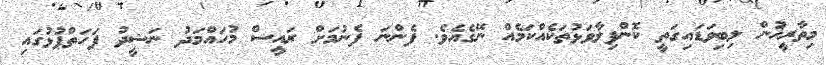
މިތާރީޚުން ލިބިވަޑައިގަތީ ކޮންފިލާވަޅުތަކެއްކަމެއް ނޭގެއެވެ. ފެންނަ ފެނުމަށް ރައީސް މުހައްމަދު ނަޝީދު ފަހަތްޕުޅުގައި